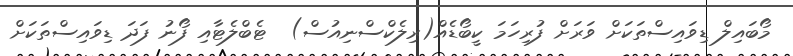
މޯބައިލް ޑިވައިސްތަކަށް ވަރަށް ފުރިހަމަ ކީބޯޑެއް(ރިލެކްސްނިއުސް)  ޓެބްލެޓާއި ފޯނު ފަދަ ޑިވައިސްތަކަށް